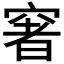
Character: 𥧏